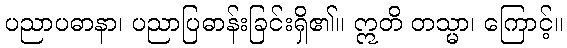
ပညာပဓာနာ၊ ပညာပြဓာန်းခြင်းရှိ၏။ ဣတိ တသ္မာ၊ ကြောင့်။